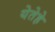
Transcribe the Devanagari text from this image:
येतेहे